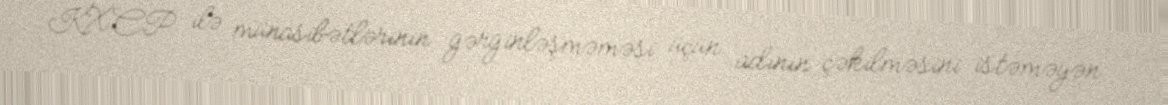
KXCP ilə münasibətlərinin gərginləşməməsi üçün adının çəkilməsini istəməyən